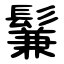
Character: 鬑